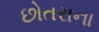
છોતરાના